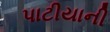
પાટીયાની